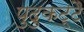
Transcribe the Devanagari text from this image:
पुदुकट्टै